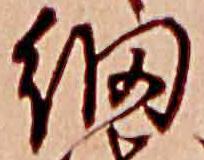
網